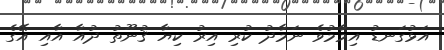
އަޅުގަނޑު އިމާމުވެ ނަމާދު ކުރި އިރު ކިޔާ ޤުނޫތު ދުއާ އާއި އޭގެ